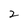
Character: 2